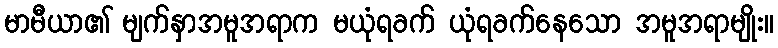
မာမီယာ၏ မျက်နှာအမူအရာက မယုံရခက် ယုံရခက်နေသော အမူအရာမျိုး။